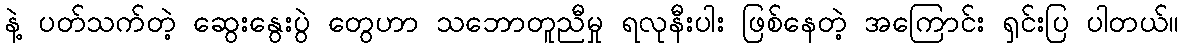
နဲ့ ပတ်သက်တဲ့ ဆွေးနွေးပွဲ တွေဟာ သဘောတူညီမှု ရလုနီးပါး ဖြစ်နေတဲ့ အကြောင်း ရှင်းပြ ပါတယ်။